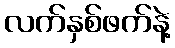
လက်နှစ်ဖက်နဲ့